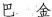
巴金